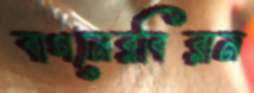
বাগনেরবিরান